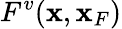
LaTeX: F^{v}({\mathbf x},{\mathbf x}_{F})